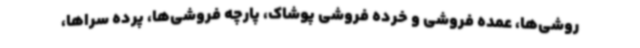
روشی‌ها، عمده فروشی و خرده فروشی پوشاک، پارچه فروشی‌ها، پرده سراها،